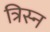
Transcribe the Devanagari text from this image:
त्रिस्न